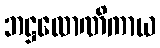
ဘဋ္ဌလောဏိကာယ